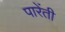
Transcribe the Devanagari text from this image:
पारेंती